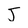
Character: J